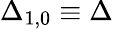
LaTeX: \Delta_{1,0}\equiv\Delta